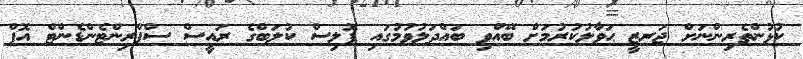
ކުޅުންތެރިންނަށް ޖަރޒީ ޙަވާލުކުރުމަށް ބޭއްވި ބައްދަލުވުމުގައި ޕޮލިސް ކުލަބްގެ ރައީސް ސްޕްރިންޓެންޑެންޓް އޮފް